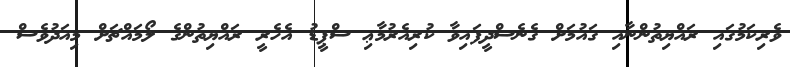
ވެރިކަމުގައި ރައްޔިތުންނާއި ގައުމަށް ގެނެސްދީފައިވާ ކުރިއެރުމާޢި ސްޕީޑު އެހެރީ ރައްޔިތުންގެ ލޯމައްޗަށް މިއަދުވެސް